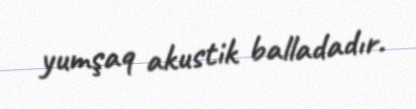
yumşaq akustik balladadır.